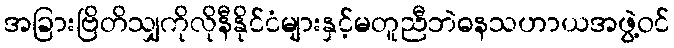
အခြားဗြိတိသျှကိုလိုနီနိုင်ငံများနှင့်မတူညီဘဲဓနသဟာယအဖွဲ့ဝင်